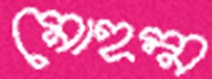
মোহম্ম